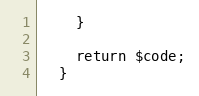
Language: PHP
    }

    return $code;
  }